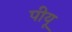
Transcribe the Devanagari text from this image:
पीयू